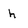
Character: h